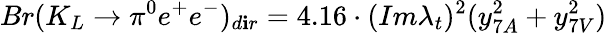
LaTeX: Br(K_{L}\to\pi^{0}e^{+}e^{-})_{d\mathbf{i}r}=4.16\cdot(Im\lambda_{t})^{2}(y_{7A}^{2}+y_{7V}^{2})